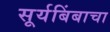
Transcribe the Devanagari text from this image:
सूर्यबिंबाचा